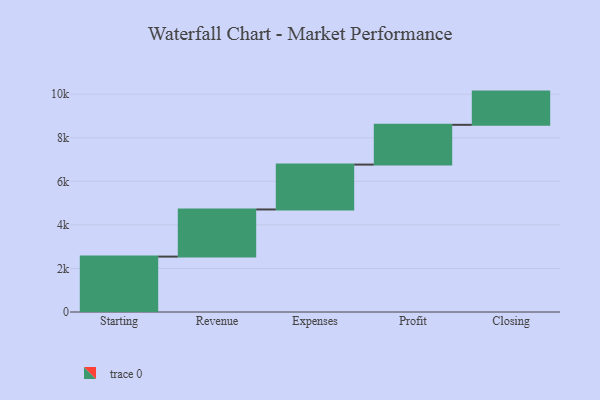
{"axis": {"x": "Step", "y": "Value"}, "legend": [""], "data": [{"x": "Starting", "y": 2543.0, "type": ""}, {"x": "Revenue", "y": 2165.0, "type": ""}, {"x": "Expenses", "y": 2060.0, "type": ""}, {"x": "Profit", "y": 1826.0, "type": ""}, {"x": "Closing", "y": 1525.0, "type": ""}]}